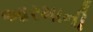
આરમાની